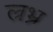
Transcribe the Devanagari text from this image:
ल्रभ्र